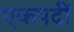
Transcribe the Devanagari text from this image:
एकपदीं